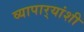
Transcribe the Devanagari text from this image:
व्यापार्‍यांशी